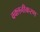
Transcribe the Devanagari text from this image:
वक्लनीकरण